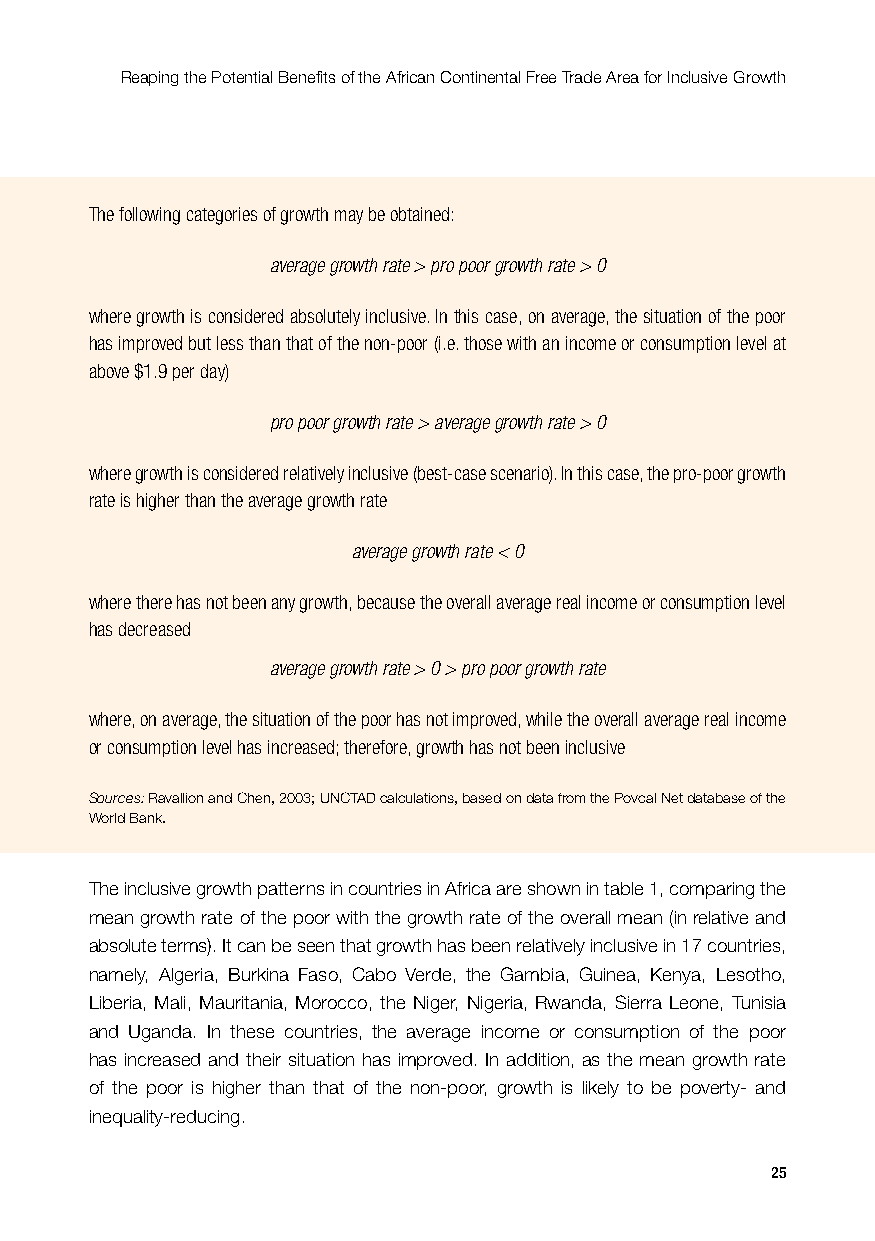
Reaping the Potential Benefits of the African Continental Free Trade Area for Inclusive Growth
 The following categories of growth may be obtained:
 average growth rate > pro poor growth rate > 0
 where growth is considered absolutely inclusive. In this case, on average, the situation of the poor
 has improved but less than that of the non-poor (i.e. those with an income or consumption level at
 above $1.9 per day)
 pro poor growth rate > average growth rate > 0
 where growth is considered relatively inclusive (best-case scenario). In this case, the pro-poor growth
 rate is higher than the average growth rate
 average growth rate < 0
 where there has not been any growth, because the overall average real income or consumption level
 has decreased
 average growth rate > 0 > pro poor growth rate
 where, on average, the situation of the poor has not improved, while the overall average real income
 or consumption level has increased; therefore, growth has not been inclusive
 Sources: Ravallion and Chen, 2003; UNCTAD calculations, based on data from the Povcal Net database of the
 World Bank.
 The inclusive growth patterns in countries in Africa are shown in table 1, comparing the
 mean growth rate of the poor with the growth rate of the overall mean (in relative and
 absolute terms). It can be seen that growth has been relatively inclusive in 17 countries,
 namely, Algeria, Burkina Faso, Cabo Verde, the Gambia, Guinea, Kenya, Lesotho,
 Liberia, Mali, Mauritania, Morocco, the Niger, Nigeria, Rwanda, Sierra Leone, Tunisia
 and Uganda. In these countries, the average income or consumption of the poor
 has increased and their situation has improved. In addition, as the mean growth rate
 of the poor is higher than that of the non-poor, growth is likely to be poverty- and
 inequality-reducing.
 25